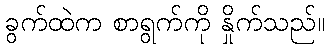
ခွက်ထဲက စာရွက်ကို နှိုက်သည်။